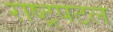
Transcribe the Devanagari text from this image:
राष्ट्रपटल